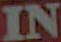
IN